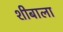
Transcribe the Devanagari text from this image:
शीबाला